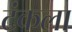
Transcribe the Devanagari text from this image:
टंकला